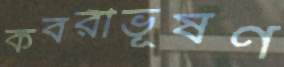
কবরীভূষণ